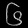
Digit: ၆